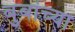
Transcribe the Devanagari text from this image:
बुबांच्या